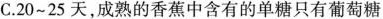
C.20~25天，成熟的香蕉中含有的单糖只有葡萄糖